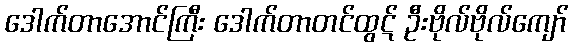
ဒေါက်တာအောင်ကြီး ဒေါက်တာတင်ထွဋ် ဦးဗိုလ်ဗိုလ်ကျော်